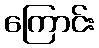
ကြောင်း